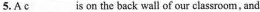
5.A \underline{c}___ is on the back wall of our classroom,.and